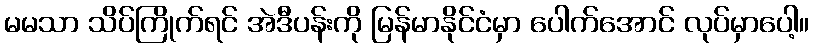
မမသာ သိပ်ကြိုက်ရင် အဲဒီပန်းကို မြန်မာနိုင်ငံမှာ ပေါက်အောင် လုပ်မှာပေါ့။